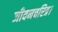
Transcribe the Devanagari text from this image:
जीवनचरित्र।